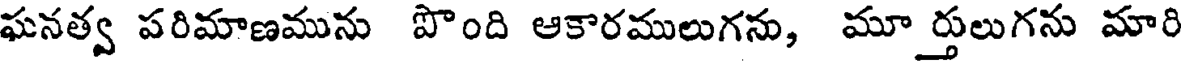
ఘనత్వ పరిమాణమును పొంది ఆకారములుగను, మూర్తులుగను మారి